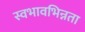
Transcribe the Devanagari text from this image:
स्वभावभिन्नता